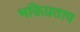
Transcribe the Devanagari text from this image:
भक्तिप्रताप